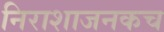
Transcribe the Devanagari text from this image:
निराशाजनकच